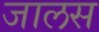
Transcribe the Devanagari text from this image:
जालस